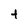
Character: t